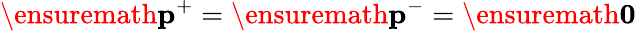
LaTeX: \ensuremath{\mathbf{p}}^{+}=\ensuremath{\mathbf{p}}^{-}=\ensuremath{\mathbf{0}}